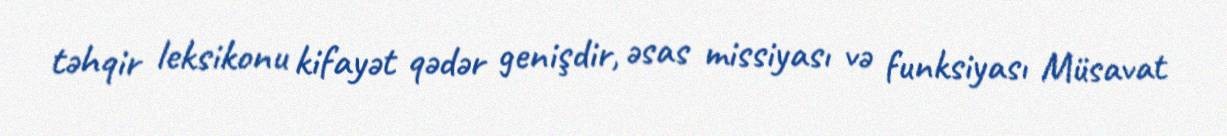
təhqir leksikonu kifayət qədər genişdir, əsas missiyası və funksiyası Müsavat